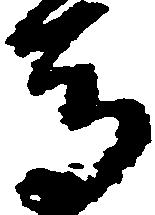
馬